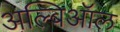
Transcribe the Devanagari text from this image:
अल्बिऑल